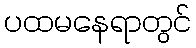
ပထမနေရာတွင်